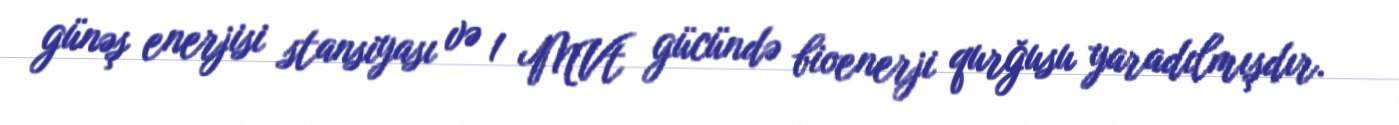
günəş enerjisi stansiyası və 1 MVt gücündə bioenerji qurğusu yaradılmışdır.